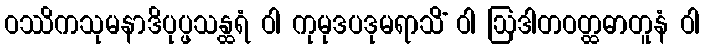
ဝဿိကသုမနာဒိပုပ္ဖသန္ထရံ ဝါ ကုမုဒပဒုမရာသိံ ဝါ ဩဒါတဝတ္ထဓာတူနံ ဝါ